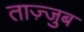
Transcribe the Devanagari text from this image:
ताज़्जुब